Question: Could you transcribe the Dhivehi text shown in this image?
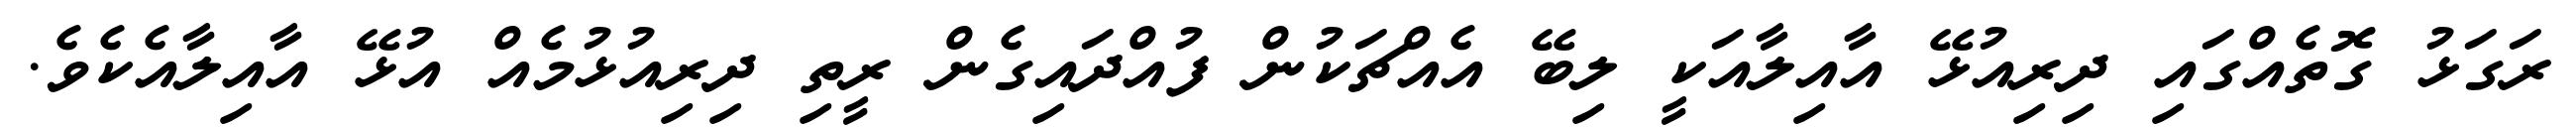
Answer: ރަގަޅު ގޮތެއްގައި ދިރިއުޅޭ އާއިލާއަކީ ލިބޭ އެއްޗަކުން ފުއްދައިގެން ރީތި ދިރިއުޅުމެއް އުޅޭ އާއިލާއެކެވެ.